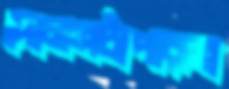
দোলনচাঁপারব্র